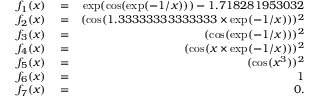
\begin{array} { r l r } { f _ { 1 } ( x ) } & { { } = } & { \exp ( \cos ( \exp ( - 1 / x ) ) ) - 1 . 7 1 8 2 8 1 9 5 3 0 3 2 } \\ { f _ { 2 } ( x ) } & { { } = } & { ( \cos ( 1 . 3 3 3 3 3 3 3 3 3 3 3 3 3 3 \times \exp ( - 1 / x ) ) ) ^ { 2 } } \\ { f _ { 3 } ( x ) } & { { } = } & { ( \cos ( \exp ( - 1 / x ) ) ) ^ { 2 } } \\ { f _ { 4 } ( x ) } & { { } = } & { ( \cos ( x \times \exp ( - 1 / x ) ) ) ^ { 2 } } \\ { f _ { 5 } ( x ) } & { { } = } & { ( \cos ( x ^ { 3 } ) ) ^ { 2 } } \\ { f _ { 6 } ( x ) } & { { } = } & { 1 } \\ { f _ { 7 } ( x ) } & { { } = } & { 0 . } \end{array}